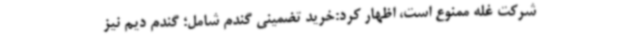
شرکت غله ممنوع است، اظهار کرد:خرید تضمینی گندم شامل؛ گندم دیم نیز